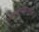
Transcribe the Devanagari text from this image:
श्रीरघुनाथशास्त्री